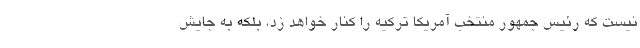
نیست که رئیس جمهور منتخب آمریکا ترکیه را کنار خواهد زد، بلکه به جایش